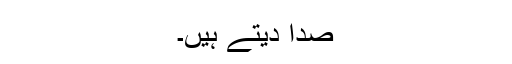
صدا دیتے ہیں۔